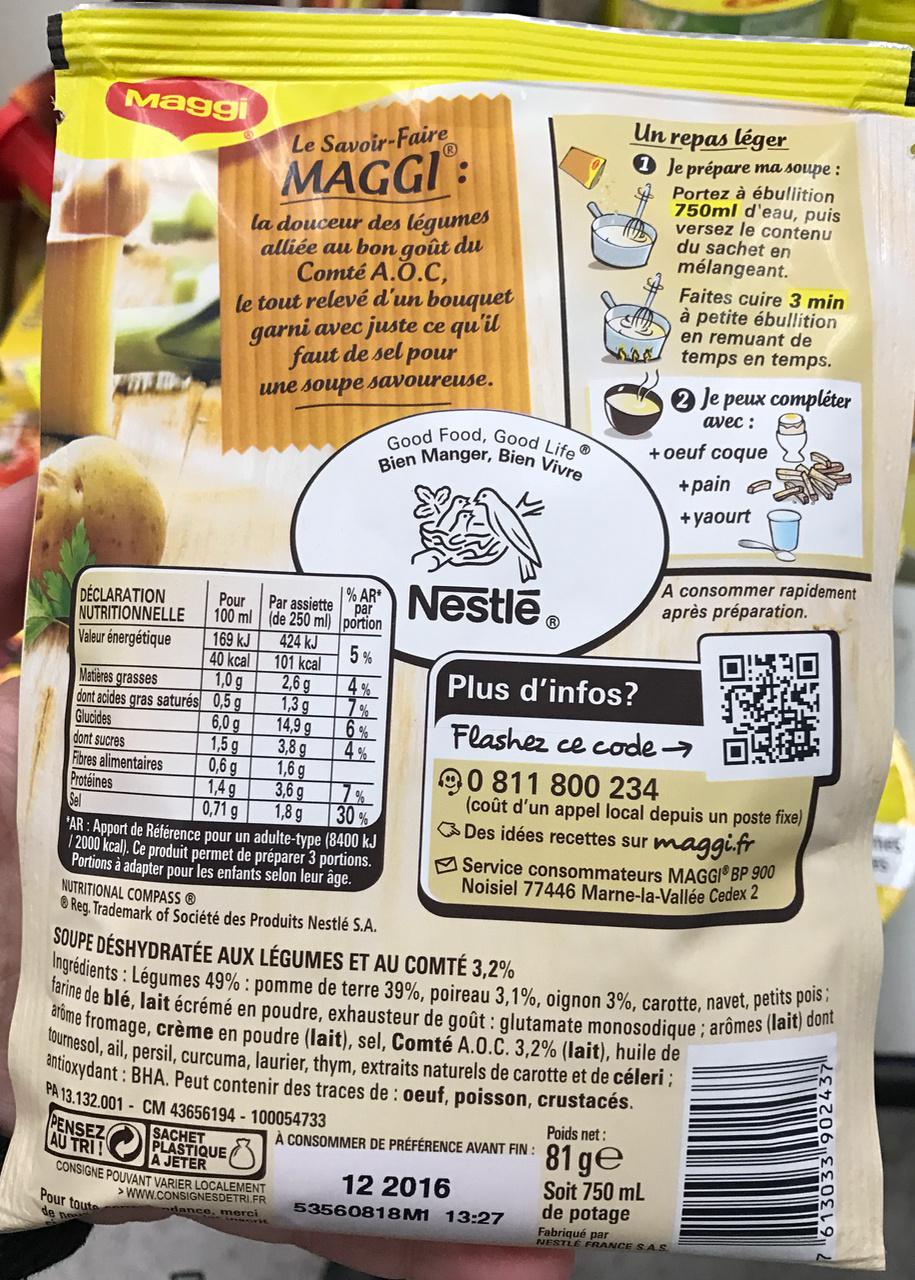
Maggi
DÉCLARATION NUTRITIONNELLE
Valeur énergétique
Matières grasses
dont acides gras saturés
Glucides
dont sucres
Fibres alimentaires Protéines Sel
Pour toute de ne
le tout relevé d'un bouquet garni avec juste ce qu'il faut de sel pour
une soupe savoureuse.
Pour 100 ml
169 kJ
40 kcal
1,0 g
0,5 g
6,0 g
1,5 g
0,6 g
la douceur des légumes alliée au bon goût du Comté A.O.C,
1,4g
0,71 g
Le Savoir-Faire
MAGGI:
PLASTIQUE A JETER
POUVANT VARIER LOCALEMENT
>WWW.CONSIGNESDETRI.FR dance, merci
Par assiette par (de 250 ml) portion
5%
4%
424 kJ
101 kcal
2,6 g
1,3 g
14,9 g
3,8 g
1,6 g
3,6 g
1,8g
Good Food, Good Life Bien Manger, Bien Vivre
ARNestle
6%
Un repas léger 1 Je prépare ma soupe : Portez à ébullition 750ml d'eau, puis versez le contenu du sachet en mélangeant.
À CONSOMMER DE PRÉFÉRENCE AVANT FIN:
30%
'AR: Apport de Référence pour un adulte-type (8400 kJ /2000 kcal). Ce produit permet de préparer 3 portions. Portions à adapter pour les enfants selon leur âge. NUTRITIONAL COMPASS Ⓡ
Reg. Trademark of Société des Produits Nestlé S.A.
SOUPE DÉSHYDRATÉE AUX LÉGUMES ET AU COMTÉ 3,2% Ingrédients: Légumes 49% : pomme de terre 39%, poireau 3,1%, oignon 3%, carotte, navet, petits pois; farine de blé, lait écrémé en poudre, exhausteur de goût: glutamate monosodique; arômes (lait) dont arome fromage, crème en poudre (lait), sel, Comté A.O.C. 3,2% (lait), huile de tournesol, ail, persil, curcuma, laurier, thym, extraits naturels de carotte et de céleri; antioxydant: BHA. Peut contenir des traces de : oeuf, poisson, crustacés.
PA 13.132.001-CM 43656194-100054733
PENSEZ SACHET O
AU TRI! CONSIGNE
12 2016 53560818M 13:27
Faites cuire 3 min à petite ébullition en remuant de temps en temps.
2 Je peux compléter
avec:
+ oeuf coque
+ pain +yaourt
Plus d'infos?
Flashez ce code →
90 811 800 234
(coût d'un appel local depuis un poste fixe) Des idées recettes sur maggi.fr Service consommateurs MAGGI® BP 900 Noisiel 77446 Marne-la-Vallée Cedex 2
A consommer rapidement après préparation.
Poids net:
81 ge
Soit 750 mL
de potage
Fabriqué par NESTLÉ FRANCE S.A.S.
B
"613033"90243